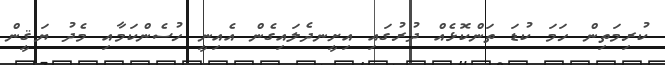
ކުރިމަތިން ހަމަ ކުޑަ ތަންކޮޅެއް ދުރުގައި އިށީނދެލައިގެން އެއިނީ ހުސެންކަމާއި މެދު ޔަޤީން